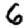
Digit: 6